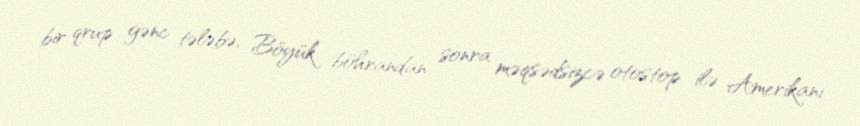
bir qrup gənc tələbə, Böyük böhrandan sonra məqsədsizcə otostop ilə Amerikanı